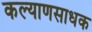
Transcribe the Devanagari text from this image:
कल्याणसाधक